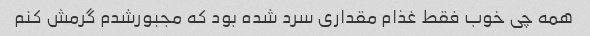
همه چی خوب فقط غذام مقداری سرد شده بود که مجبورشدم گرمش کنم